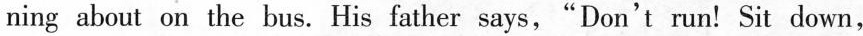
ning about on the bus. His father says,"Don't run! Sit down,